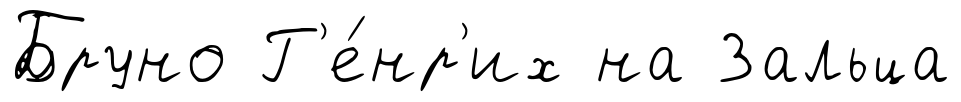
Бруно Г'е́нр'их на Зальца